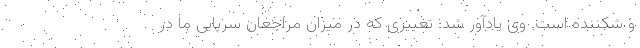
و شکننده است. وی یادآور شد: تغییری که در میزان مراجعان سرپایی ما در